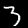
Label: 3